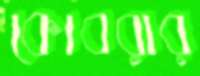
কোবরার